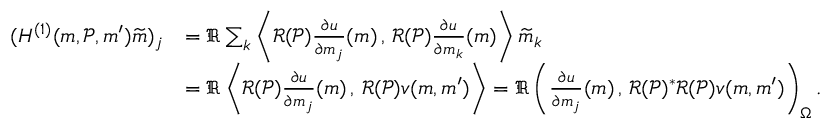
\begin{array} { r l } { ( H ^ { ( 1 ) } ( \boldsymbol { m } , \mathcal { P } , \boldsymbol { m } ^ { \prime } ) \widetilde { \boldsymbol { m } } ) _ { j } } & { = \Re \sum _ { k } \left\langle \mathcal { R } ( \mathcal { P } ) \frac { \partial u } { \partial m _ { j } } ( \boldsymbol { m } ) \, , \, \mathcal { R } ( \mathcal { P } ) \frac { \partial u } { \partial m _ { k } } ( \boldsymbol { m } ) \right\rangle \widetilde { m } _ { k } } \\ & { = \Re \left\langle \mathcal { R } ( \mathcal { P } ) \frac { \partial u } { \partial m _ { j } } ( \boldsymbol { m } ) \, , \, \mathcal { R } ( \mathcal { P } ) v ( \boldsymbol { m } , \boldsymbol { m } ^ { \prime } ) \right\rangle = \Re \left( \frac { \partial u } { \partial m _ { j } } ( \boldsymbol { m } ) \, , \, \mathcal { R } ( \mathcal { P } ) ^ { * } \mathcal { R } ( \mathcal { P } ) v ( \boldsymbol { m } , \boldsymbol { m } ^ { \prime } ) \right) _ { \Omega } . } \end{array}